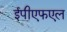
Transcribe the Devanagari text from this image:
ईपीएफएल